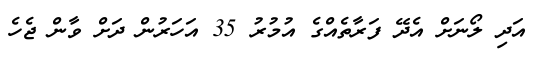
އަދި ލޯނަށް އެދޭ ފަރާތެއްގެ އުމުރު 35 އަހަރުން ދަށް ވާން ޖެހެ